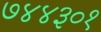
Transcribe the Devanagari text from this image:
७४४३०१